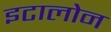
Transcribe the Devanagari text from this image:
इटालोन